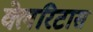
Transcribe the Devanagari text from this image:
क्लेरिटास